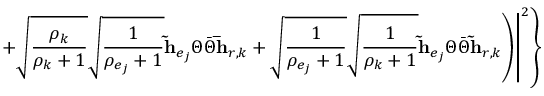
\left. \left. \left. + \sqrt { \frac { \rho _ { k } } { \rho _ { k } + 1 } } \sqrt { \frac { 1 } { \rho _ { e _ { j } } + 1 } } \mathbf { \tilde { h } } _ { e _ { j } } \Theta \bar { \Theta } \mathbf { \bar { h } } _ { r , k } + \sqrt { \frac { 1 } { \rho _ { e _ { j } } + 1 } } \sqrt { \frac { 1 } { \rho _ { k } + 1 } } \mathbf { \tilde { h } } _ { e _ { j } } \Theta \bar { \Theta } \mathbf { \tilde { h } } _ { r , k } \right) \right| ^ { 2 } \right\}